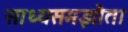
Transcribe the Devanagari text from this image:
साध्यसमझौता